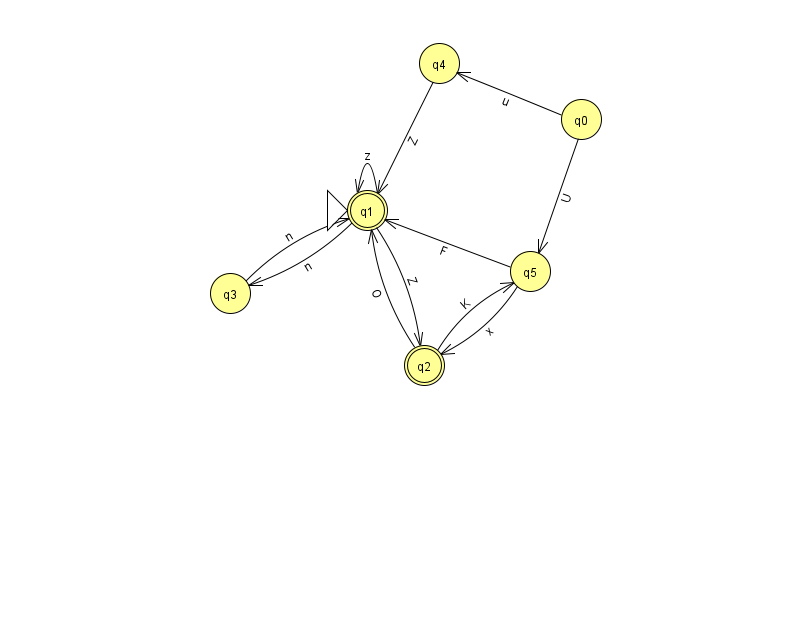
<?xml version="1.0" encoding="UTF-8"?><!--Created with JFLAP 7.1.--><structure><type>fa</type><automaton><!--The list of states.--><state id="0" name="q0"><x>581.0</x><y>106.0</y></state><state id="1" name="q1"><x>367.0</x><y>197.0</y><initial/><final/></state><state id="2" name="q2"><x>424.0</x><y>352.0</y><final/></state><state id="3" name="q3"><x>230.0</x><y>280.0</y></state><state id="4" name="q4"><x>439.0</x><y>50.0</y></state><state id="5" name="q5"><x>530.0</x><y>258.0</y></state><!--The list of transitions.--><transition><from>2</from><to>1</to><read>O</read></transition><transition><from>0</from><to>4</to><read>u</read></transition><transition><from>0</from><to>5</to><read>U</read></transition><transition><from>5</from><to>2</to><read>x</read></transition><transition><from>1</from><to>2</to><read>Z</read></transition><transition><from>5</from><to>1</to><read>F</read></transition><transition><from>1</from><to>3</to><read>n</read></transition><transition><from>2</from><to>5</to><read>K</read></transition><transition><from>3</from><to>1</to><read>n</read></transition><transition><from>1</from><to>1</to><read>z</read></transition><transition><from>4</from><to>1</to><read>Z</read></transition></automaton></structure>